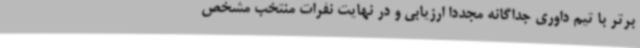
برتر با تیم داوری جداگانه مجدداً ارزیابی و در نهایت نفرات منتخب مشخص